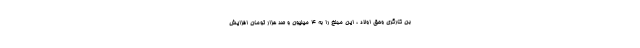
بن کارگری وحق اولاد ، این مبلغ را به ۴ میلیون و صد هزار تومان افزایش